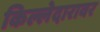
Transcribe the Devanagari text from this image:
किल्लेदारावर